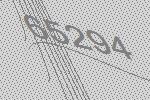
65294